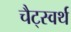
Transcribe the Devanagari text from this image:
चैट्स्वर्थ